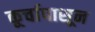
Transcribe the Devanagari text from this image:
कूर्चापासून